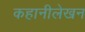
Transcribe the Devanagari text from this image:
कहानीलेखन